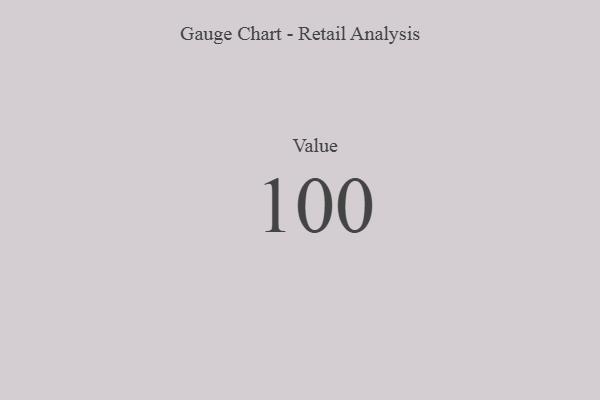
{"axis": {"x": "Metric", "y": "Value"}, "legend": [""], "data": [{"x": "Value", "y": 100, "type": ""}]}